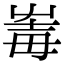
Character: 𡴛